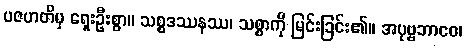
ပဇဟတိမှ ရှေးဦးစွာ။ သစ္စဒဿနဿ၊ သစ္စာကို မြင်းခြင်း၏။ အပုဗ္ဗဘာဝေ၊